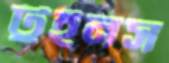
টুইনস